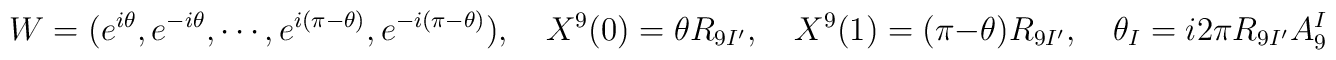
W = (e^{i\theta}, e^{-i\theta}, \cdots, e^{i(\pi - \theta)},e^{-i(\pi - \theta)}), \quad X^9(0)= \theta R_{9I^{\prime}},\quad  X^9(1)= (\pi - \theta) R_{9I^{\prime}}, \quad \theta_{I} = i2\pi R_{9I^{\prime}} A^I_{9} \quad ,